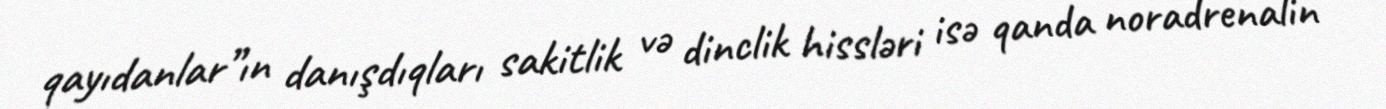
qayıdanlar”ın danışdıqları sakitlik və dinclik hissləri isə qanda noradrenalin